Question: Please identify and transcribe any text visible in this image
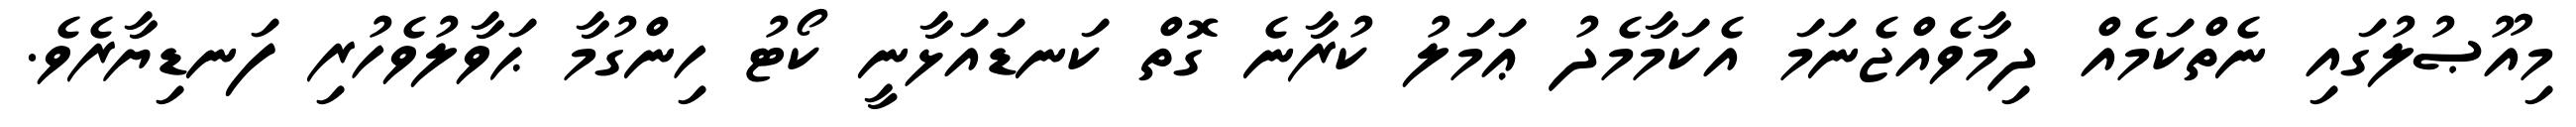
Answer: މިއޫޞުލުގައި ނެތްކަމެއް ދިމާވެއްޖެނަމަ އެކަމާމެދު ޢަމަލު ކުރާނެ ގޮތް ކަނޑައަޅާނީ ކޯޓު ހިންގުމާ ޙަވާލުވެހުރި ފަނޑިޔާރެވެ.